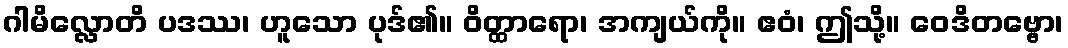
ဂါမိလ္လောတိ ပဒဿ၊ ဟူသော ပုဒ်၏။ ဝိတ္ထာရော၊ အကျယ်ကို။ ဧဝံ၊ ဤသို့။ ဝေဒိတဗ္ဗော၊